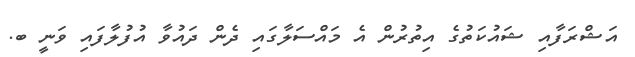
އަޝްރަފާއި ޝައުކަތުގެ އިތުރުން އެ މައްސަލާގައި ދެން ދައުވާ އުފުލާފައި ވަނީ ބ.